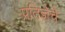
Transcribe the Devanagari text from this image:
प्रतिज्ञेचे